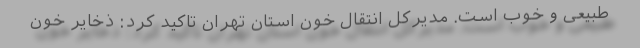
طبیعی و خوب است. مدیرکل انتقال خون استان تهران تاکید کرد: ذخایر خون